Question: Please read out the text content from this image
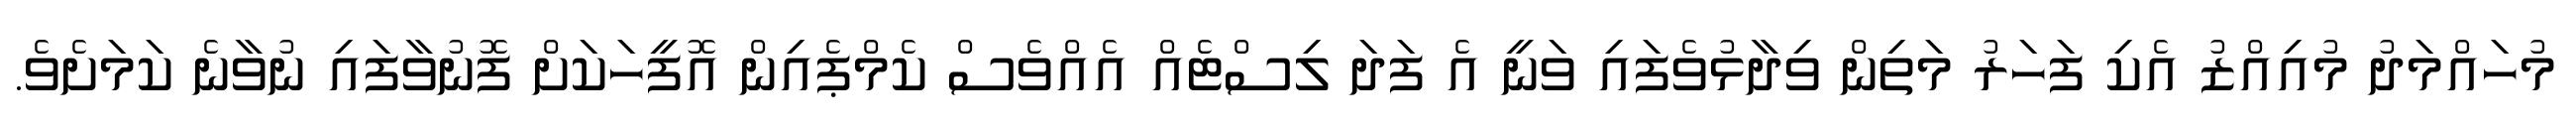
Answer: މުހައްމަދު މުއިއްޒު އެކި ފަހަރު މަތިން ވިދާޅުވެފައި ވަނީ އެ ފަދަ ލިސްޓެއް އެއްވެސް ކެމްޕެއިން އޮފީހަކަށް ފޮނުވާފައި ނުވާނެ ކަމަށެވެ.